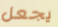
يجعل